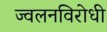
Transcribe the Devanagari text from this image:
ज्वलनविरोधी